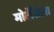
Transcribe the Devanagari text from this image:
मोटॅसिला